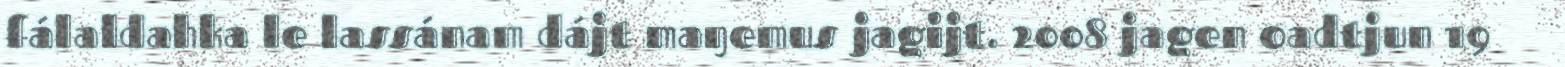
fálaldahka le lassánam dájt maŋemus jagijt. 2008 jagen oadtjun 19